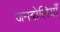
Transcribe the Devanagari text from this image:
जनबोलियाँ